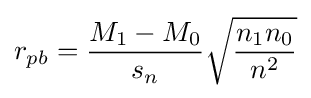
r_{pb}={\frac {M_{1}-M_{0}}{s_{n}}}{\sqrt {\frac {n_{1}n_{0}}{n^{2}}}}